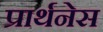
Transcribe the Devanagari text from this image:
प्रार्थनेस